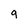
Character: g